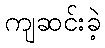
ကျဆင်းခဲ့